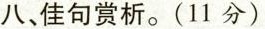
八、佳句赏析。(11分)